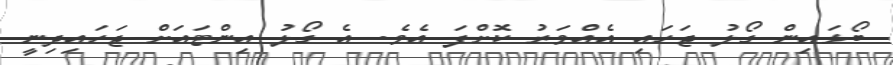
ބޯޅައިން ގޯލު ޖަހައި އެއްވަރު ކޮށްފަ އެވެ. އެ ގޯލު އިންޓައަށް ޖަހައިދިނީ